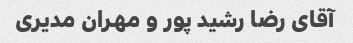
آقای رضا رشید پور و مهران مدیری